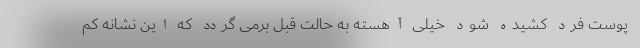
پوست فرد کشیده شود خیلی آهسته به حالت قبل برمی گردد که این نشانه کم